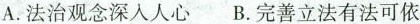
A.法治观念深人人心B.完善立法有法可依